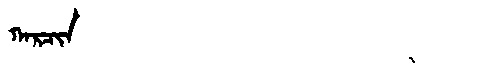
Manchu: ᡴᠠᡵᠴᡳᠨ
Romanization: KARCIN